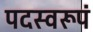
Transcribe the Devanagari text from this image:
पदस्वरूपं